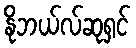
နိုဘယ်လ်ဆုရှင်